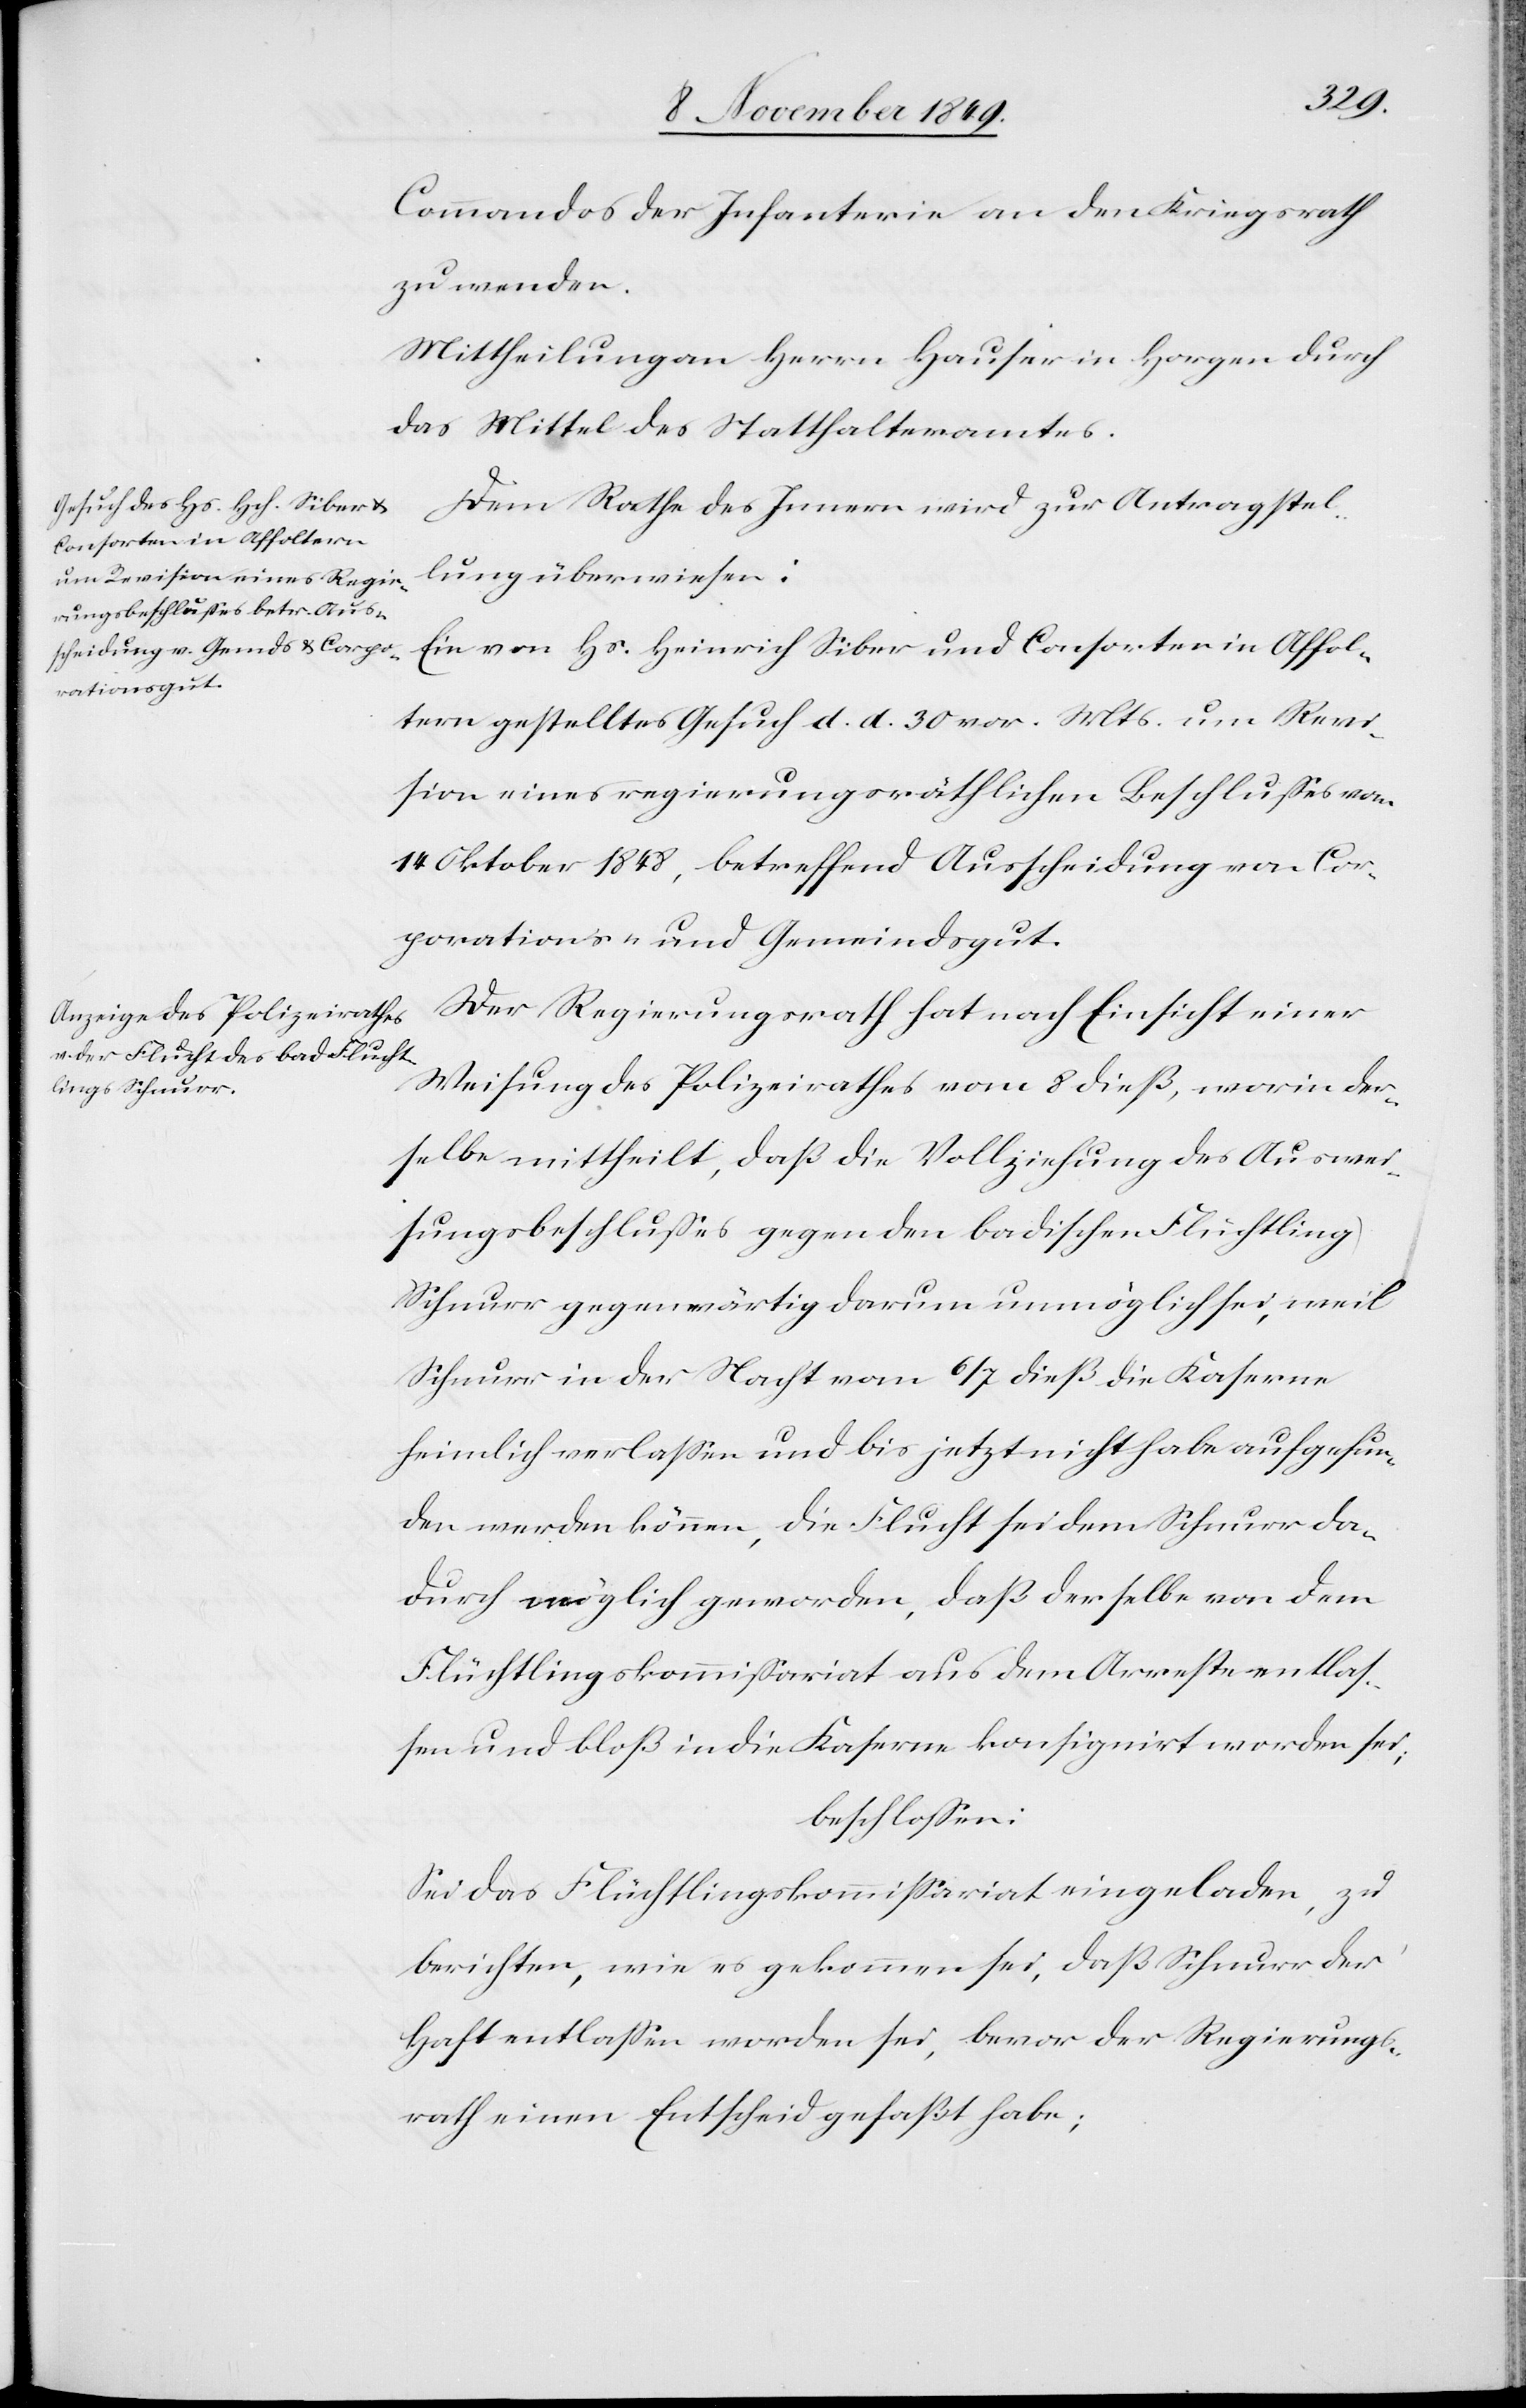
Commandos der Infanterie an den Kriegsrath
zu wenden.
Mittheilung an Herrn Hauser in Horgen durch
das Mittel des Statthalteramtes.
Dem Rathe des Innern wird zur Antragstel¬
lung überwiesen:
Ein von Hs. Heinrich Siber und Consorten in Affol¬
tern gestelltes Gesuch d. d. 30 vor. Mts. um Revi¬
sion eines regierungsräthlichen Beschlußes vom
14 Oktober 1848, betreffend Ausscheidung von Cor¬
porationen und Gemeindgut.
Der Regierungsrath hat nach Einsicht einer
Weisung des Polizeirathes vom 8 dieß, worin der¬
selbe mittheilt, daß die Vollziehung des Auswei¬
sungsbeschlußes gegen den badischen Flüchtling
Schnurr gegenwärtig darum unmöglich sei, weil
Schnurr in der Nacht vom 6/7 dieß die Kaserne
heimlich verlaßen und bis jetzt nicht habe aufgefun¬
den werden können, die Flucht sei dem Schnurr da¬
durch möglich geworden, daß derselbe von dem
Flüchtlingskommißariat aus dem Arreste entlaß¬
en und bloß in die Kaserne konsignirt worden sei;
beschloßen:
Sei das Flüchtlingskommißariat eingeladen, zu
berichten, wie es gekommen sei, daß Schnurr der
Haft entlaßen worden sei, bevor der Regierungs¬
rath einen Entscheid gefaßt habe;